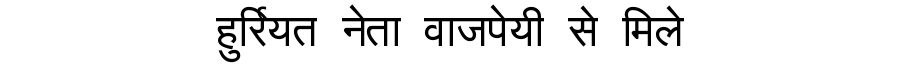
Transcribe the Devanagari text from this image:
हुर्रियत नेता वाजपेयी से मिले